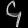
Digit: ၄